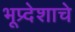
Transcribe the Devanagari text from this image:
भूप्र्देशाचे